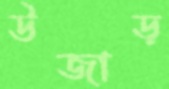
উজাড়